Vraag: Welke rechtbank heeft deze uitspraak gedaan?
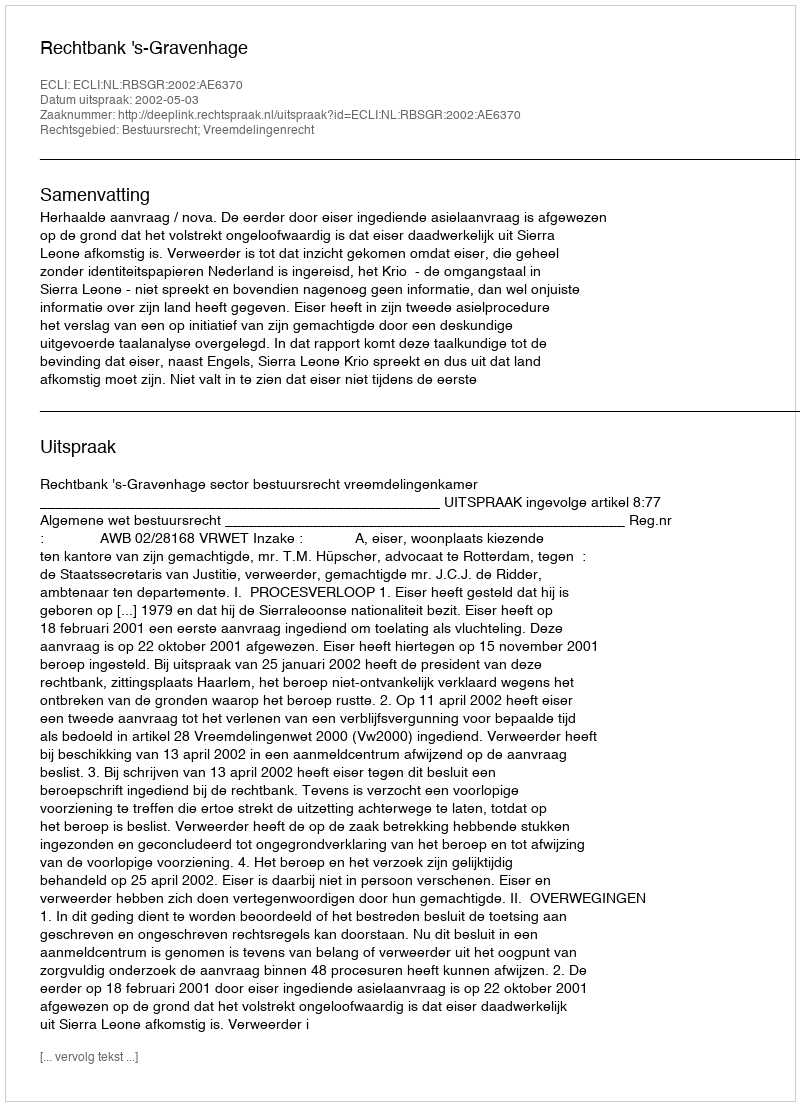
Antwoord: Rechtbank 's-Gravenhage